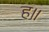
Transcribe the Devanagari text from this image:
ह॥